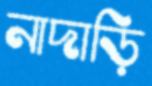
নাদাড়ি